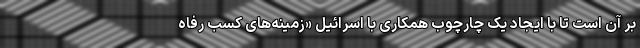
بر آن است تا با ایجاد یک چارچوب همکاری با اسرائیل «زمینه‌های کسب رفاه